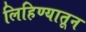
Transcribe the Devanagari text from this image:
लिहिण्यातून